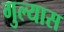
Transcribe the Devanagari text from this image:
गुल्यास